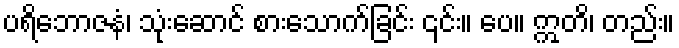
ပရိဘောဇနံ၊ သုံးဆောင် စားသောက်ခြင်း ၎င်း။ ပေ။ ဣတိ၊ တည်း။